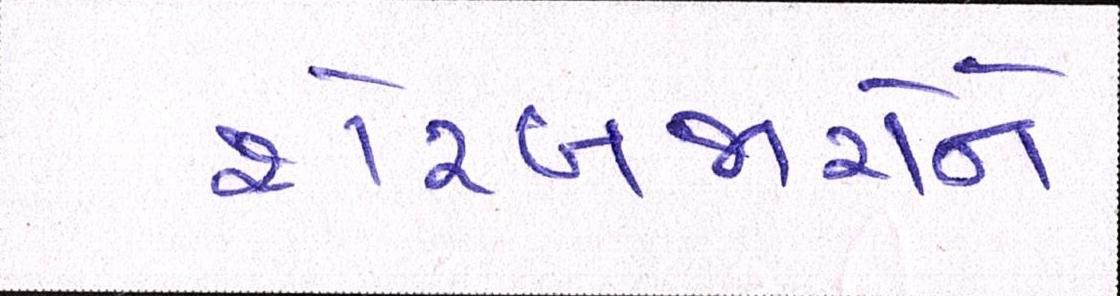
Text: શેરબજારોને